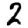
Digit: 2